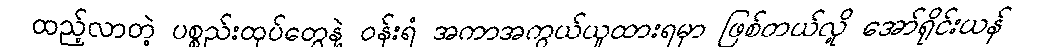
ထည့်လာတဲ့ ပစ္စည်းထုပ်တွေနဲ့ ဝန်းရံ အကာအကွယ်ယူထားရမှာ ဖြစ်တယ်လို့ အော်ရိုင်းယန်